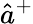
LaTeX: \hat{a}^{+}